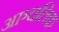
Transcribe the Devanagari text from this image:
आञ्चलिक